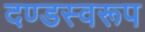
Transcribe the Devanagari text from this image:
दण्डस्वरूप